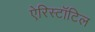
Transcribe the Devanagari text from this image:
ऐरिस्टॉटिल